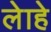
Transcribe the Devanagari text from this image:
लेाहे